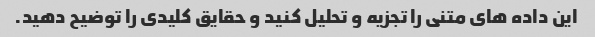
این داده های متنی را تجزیه و تحلیل کنید و حقایق کلیدی را توضیح دهید.